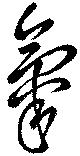
氣